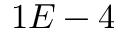
1 E - 4